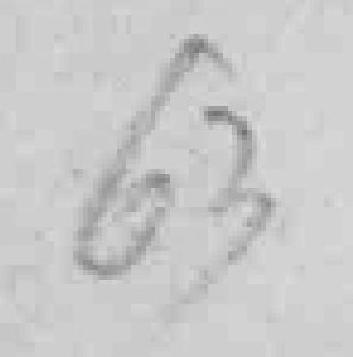
63